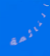
النائمة